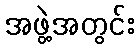
အဖွဲ့အတွင်း